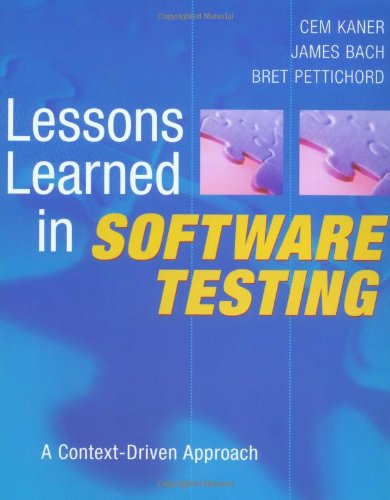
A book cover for Lessons Learned in Software Testing: A Context-Driven Approach; Cem Kaner; Computers & Technology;